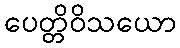
ပေတ္တိဝိသယော